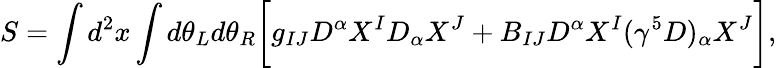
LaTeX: S=\int d^{2}x\int d\theta_{L}d\theta_{R}\biggl[g_{IJ}D^{\alpha}X^{I}D_{\alpha}X^{J}+B_{IJ}D^{\alpha}X^{I}(\gamma^{5}D)_{\alpha}X^{J}\biggr],